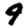
Digit: 9